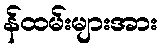
န်ထမ်းများအား